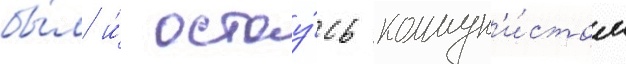
бы́л и́ остау́сь коммун'и́стом